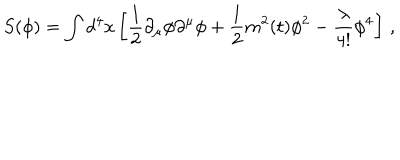
LaTeX: S ( \phi ) = \int d ^ { 4 } x \left[ \frac { 1 } { 2 } \partial _ { \mu } \phi \partial ^ { \mu } \phi + \frac { 1 } { 2 } m ^ { 2 } ( t ) \phi ^ { 2 } - \frac { \lambda } { 4 ! } \phi ^ { 4 } \right] \, ,